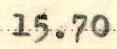
15.70